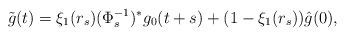
LaTeX: \begin{align*} \tilde{g}(t)=\xi_1(r_s)(\Phi_{s}^{-1})^* g_0(t+s) + (1-\xi_1(r_s))\hat{g}(0),\end{align*}